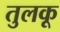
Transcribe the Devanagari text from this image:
तुलकू